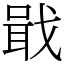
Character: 戢